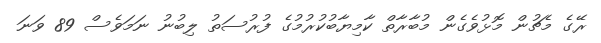
ރޭގެ މެޗުން މޮޅުވެގެން މުބާރާތް ކާމިޔާބުކުރުމުގެ ފުރުސަތު ލިބުނު ނަމަވެސް 89 ވަނަ